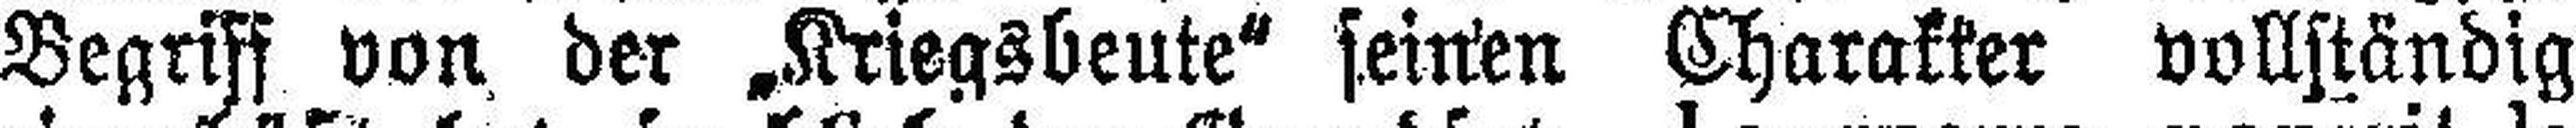
Begriff von der „Kriegsbeute" seinen Charakter vollständig